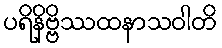
ပရိနိဗ္ဗိဿထနာသဝါတိ